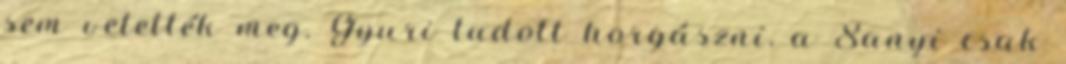
sem vetet­ték meg. Gyuri tudott horgászni, a Sanyi csak